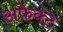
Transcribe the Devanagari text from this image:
अफेक्ट